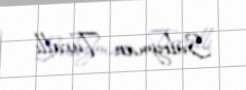
Süleyman Turallı